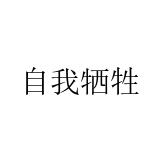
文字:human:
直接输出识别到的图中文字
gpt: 自我牺牲